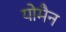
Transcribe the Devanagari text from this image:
योमैन